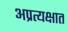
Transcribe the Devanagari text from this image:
अप्रत्यक्षात